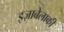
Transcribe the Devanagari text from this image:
इज़ाबेलाकी